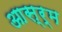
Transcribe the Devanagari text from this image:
आस्र्म